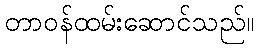
တာဝန်ထမ်းဆောင်သည်။